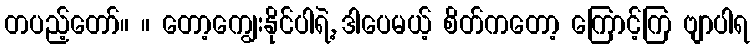
တပည့်တော်။ ။ တော့ကျွေးနိုင်ပါရဲ့, ဒါပေမယ့် စိတ်ကတော့ ကြောင့်ကြ ဗျာပါရ